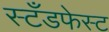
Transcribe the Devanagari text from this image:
स्टँडफेस्ट